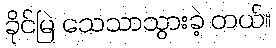
ခိုင်မြဲ သေသာသွားခဲ့ တယ်။